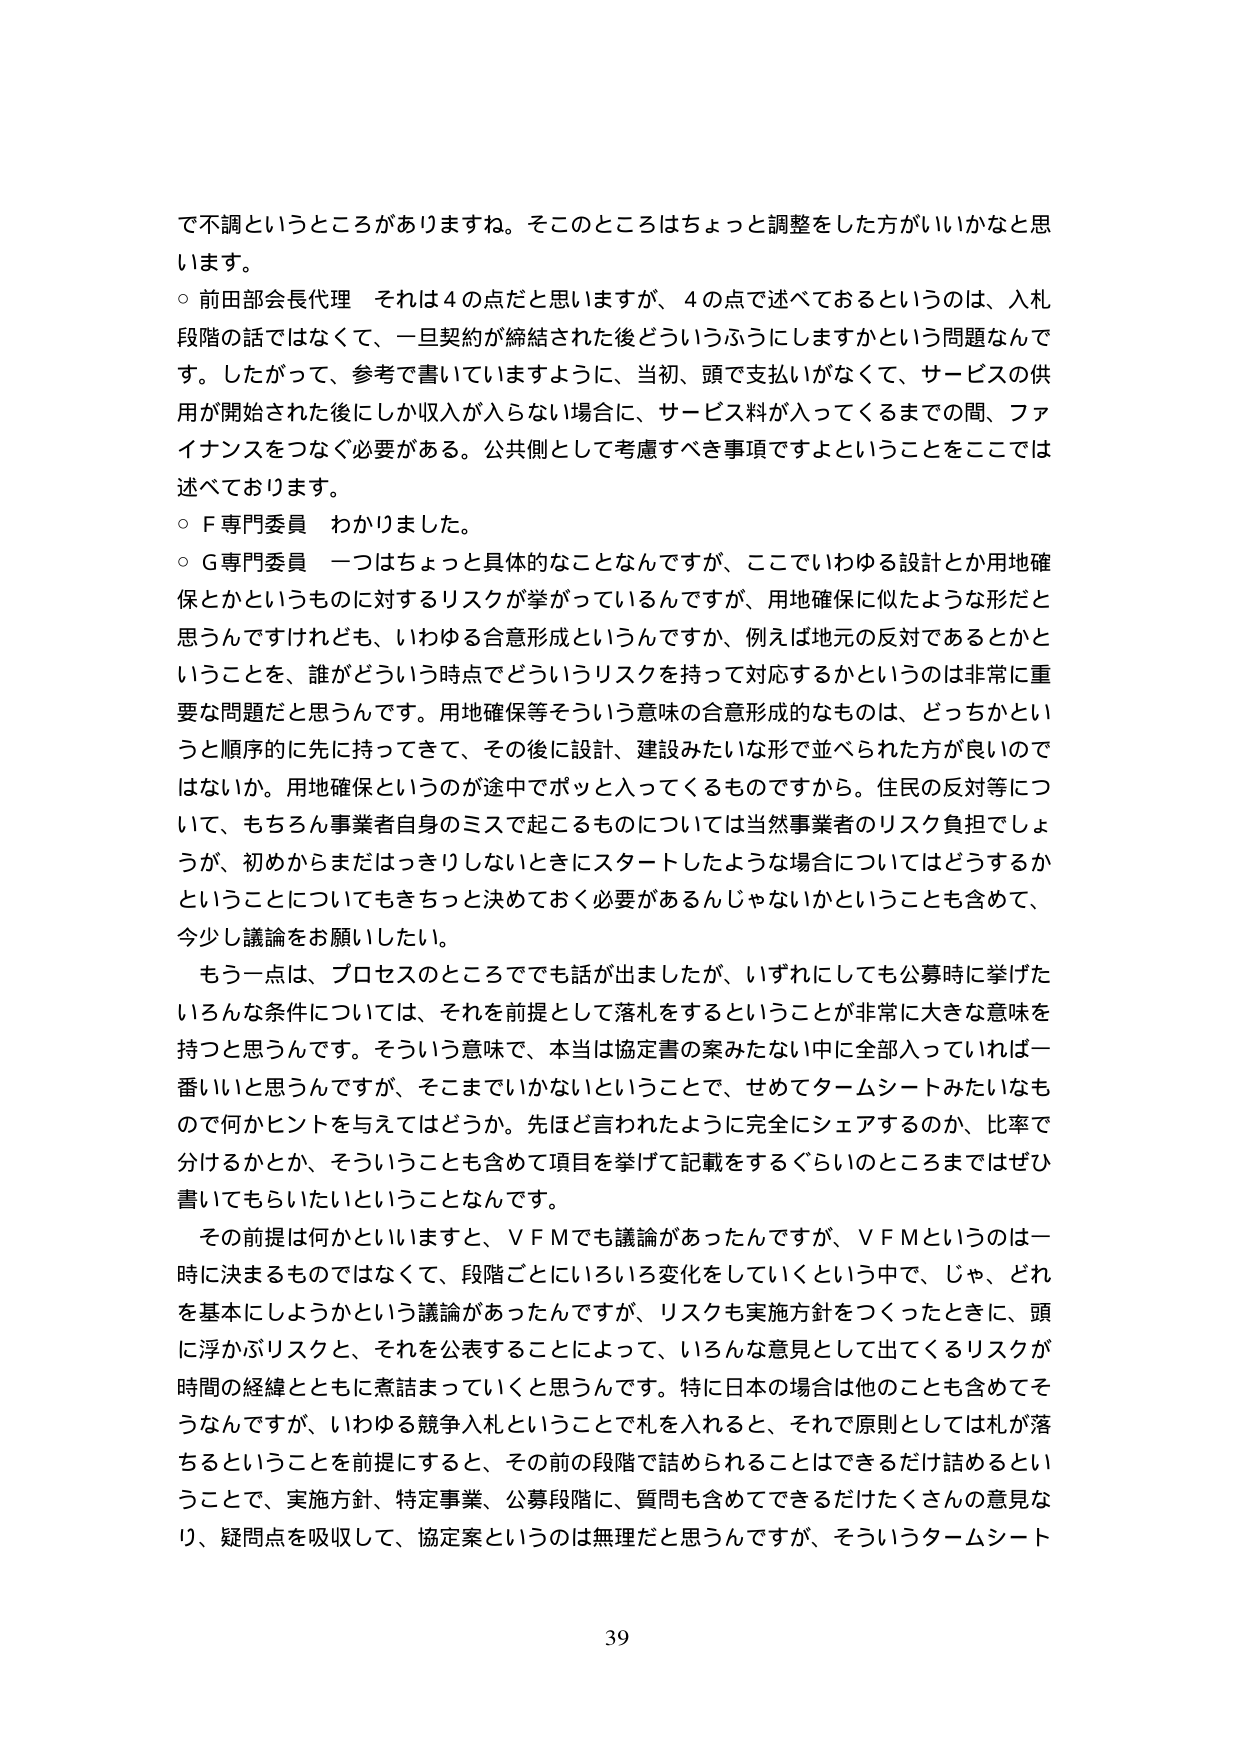
で不調というところがありますね。そこのところはちょっと調整をした方がいいかなと思います。

○ 前田部会長代理 それは４の点だと思いますが、４の点で述べておるというのは、入札段階の話ではなくて、一旦契約が締結された後どういうふうにしますかという問題なんです。したがって、参考で書いていますように、当初、頭で支払いがなくて、サービスの供用が開始された後にしか収入が入らない場合に、サービス料が入ってくるまでの間、ファイナンスをつなぐ必要がある。公共側として考慮すべき事項ですよということをここでは述べております。

○ F専門委員 わかりました。

○ G専門委員 一つはちょっと具体的なことなんですが、ここでいわゆる設計とか用地確保とかいうものに対するリスクが挙がっているんですが、用地確保に似たような形だと思うんですけれども、いわゆる合意形成というんですか、例えば地元の反対であるとかということを、誰がどういう時点でどういうリスクを持って対応するかというのは非常に重要な問題だと思うんです。用地確保等そういう意味での合意形成的なものは、どっちかというと順序的に先に持ってきて、その後に設計、建設みたいな形で並べられた方が良いのではないか。用地確保というのが途中でポッと入ってくるものですから。住民の反対等について、もちろん事業者自身のミスで起こるものについては当然事業者のリスク負担でしょうが、初めからまだはっきりしないときにスタートしたような場合についてはどうするかということについてもきちっと決めておく必要があるんじゃないかということも含めて、今少し議論をお願いしたい。

もう一点は、プロセスのところでも話が出ましたが、いずれにしても公募時に挙げたいろんな条件については、それを前提として落札をするということが非常に大きな意味を持つと思うんです。そういう意味で、本当は協定書の案みたいな中に全部入っていれば一番いいと思うんですが、そこまでいかないということで、せめてタームシートみたいなもので何かヒントを与えてはどうか。先ほど言われたように完全にシェアするのか、比率で分けるかとか、そういうことも含めて項目を挙げて記載をするぐらいのところまではぜひ書いてもらいたいということなんです。

その前提は何かといいますと、ＶＦＭでも議論があったんですが、ＶＦＭというのは一時に決まるものではなくて、段階ごとにいろいろ変化をしていくという中で、じゃ、どれを基本にしようかという議論があったんですが、リスクも実施方針をつくったときに、頭に浮かぶリスクと、それを公表することによって、いろんな意見として出てくるリスクが時間の経緯とともに煮詰まっていくと思うんです。特に日本の場合は他のことも含めてそうなんですけど、いわゆる競争入札ということで札を入れると、それで原則としては札が落ちるということを前提にすると、その前の段階で詰められることはできるだけ詰めるということで、実施方針、特定事業、公募段階に、質問も含めてできるだけたくさんの意見なり、疑問点を吸収して、協定案というのは無理だと思うんですが、そういうタームシート

39